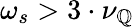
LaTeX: \omega_{s}>3\cdot\nu_{\mathbb{Q}}